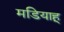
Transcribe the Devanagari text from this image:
मडियाहू